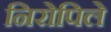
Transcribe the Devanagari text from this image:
निरोपिले